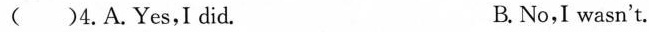
( )4.A.Yes,I did. B.No,I wasn't.